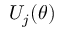
U _ { j } ( \theta )